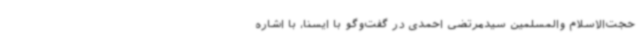
حجت‌الاسلام والمسلمین سیدمرتضی احمدی در گفت‌وگو با ایسنا، با اشاره